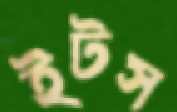
ইটস